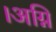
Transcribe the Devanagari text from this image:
।अग्नि